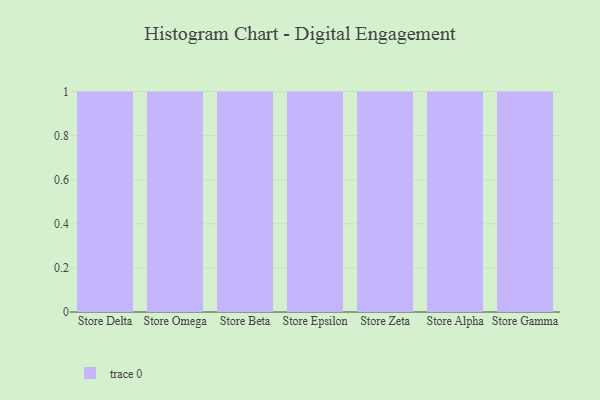
{"axis": {"x": "Store", "y": "Humidity (%)"}, "legend": [""], "data": [{"x": "Store Delta", "y": 30, "type": ""}, {"x": "Store Omega", "y": 49, "type": ""}, {"x": "Store Beta", "y": 11, "type": ""}, {"x": "Store Epsilon", "y": 61, "type": ""}, {"x": "Store Zeta", "y": 33, "type": ""}, {"x": "Store Alpha", "y": 86, "type": ""}, {"x": "Store Gamma", "y": 51, "type": ""}]}